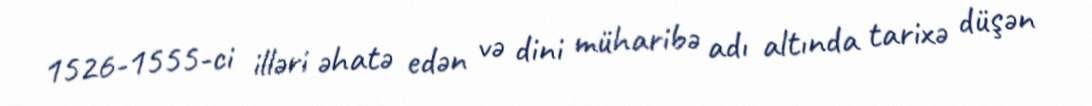
1526-1555-ci illəri əhatə edən və dini müharibə adı altında tarixə düşən